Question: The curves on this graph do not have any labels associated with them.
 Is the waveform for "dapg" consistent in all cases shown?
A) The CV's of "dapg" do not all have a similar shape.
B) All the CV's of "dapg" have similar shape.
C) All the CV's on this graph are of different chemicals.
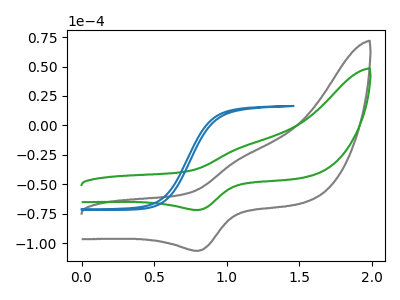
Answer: <think>The gray curve "gray" has an anodic peak at (1.10V, -27.25uA) and a cathodic peak at (0.80V, -106.45uA). The green curve "green" has an anodic peak at (1.10V, -18.40uA) and a cathodic peak at (0.80V, -71.80uA). The blue curve "blue" has no peaks.
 All the peaks in "gray" have a peak in "green" at the same potential. "gray" and "blue" have a different number of peaks. "green" and "blue" have a different number of peaks.</think>
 <answer>B) All the CV's of "dapg" have similar shape.</answer>
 <eval>B</eval>